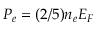
P _ { e } = ( 2 / 5 ) n _ { e } E _ { F }